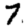
Digit: 7